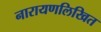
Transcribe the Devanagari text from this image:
नारायणलिखित